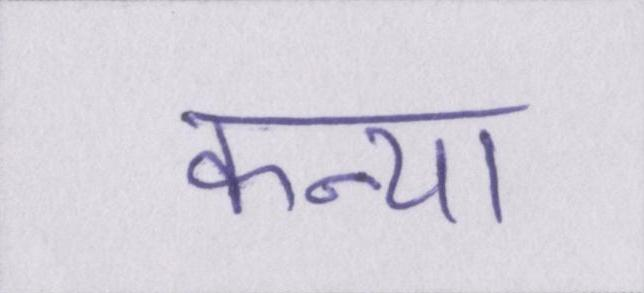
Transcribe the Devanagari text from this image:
कन्या